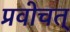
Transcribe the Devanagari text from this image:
प्रवोचत्